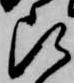
被